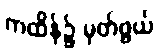
ကထိန်၌ မှတ်ဖွယ်